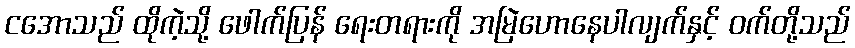
ငအောသည် ထိုကဲ့သို့ ဖေါက်ပြန် ရေးတရားကို အမြဲဟောနေပါလျက်နှင့် ဝက်တို့သည်